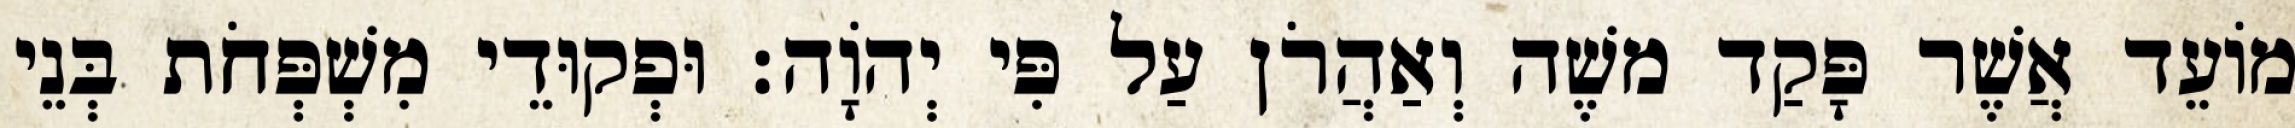
מוֹעֵד אֲשֶׁר פָּקַד משֶׁה וְאַהֲרֹן עַל פִּי יְהוָֹה׃ וּפְקוּדֵי מִשְׁפְּחֹת בְּנֵי